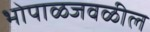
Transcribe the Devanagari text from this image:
भोपाळजवळील